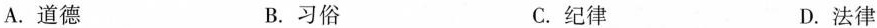
A.道德 B.习俗 C.纪律 D.法律